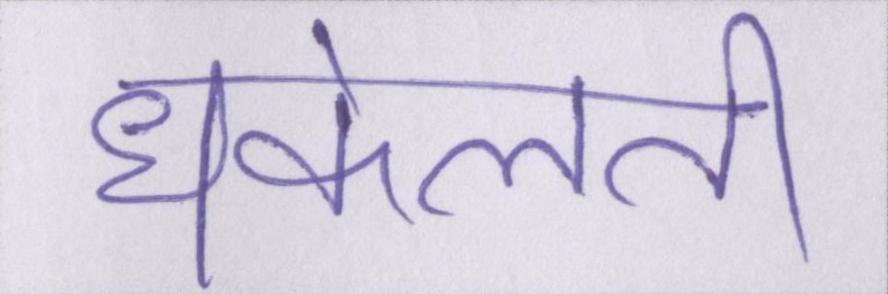
धकेलती